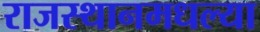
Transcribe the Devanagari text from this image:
राजस्थानमधल्या